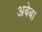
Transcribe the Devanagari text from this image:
अबेबा